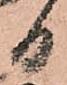
日